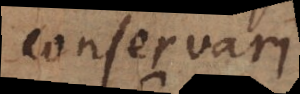
conservari.